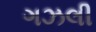
ગઝલી